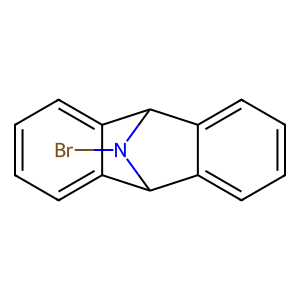
SMILES: BrN1C2c3ccccc3C1c1ccccc12
Inhibits HIV replication: No